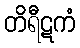
တိရီဋကံ